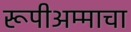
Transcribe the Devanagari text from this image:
रूपीअम्माचा